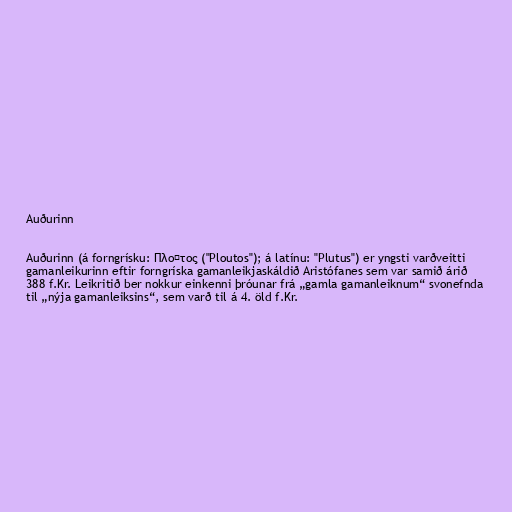
Auðurinn

Auðurinn (á forngrísku: Πλοῦτος ("Ploutos"); á latínu: "Plutus") er yngsti varðveitti
gamanleikurinn eftir forngríska gamanleikjaskáldið Aristófanes sem var samið árið
388 f.Kr. Leikritið ber nokkur einkenni þróunar frá „gamla gamanleiknum“ svonefnda
til „nýja gamanleiksins“, sem varð til á 4. öld f.Kr.